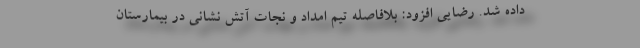
داده شد. رضایی افزود: بلافاصله تیم امداد و نجات آتش نشانی در بیمارستان